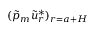
( \tilde { p } _ { m } \tilde { u } _ { r } ^ { * } ) _ { r = a + H }